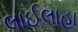
લાઈલાહા